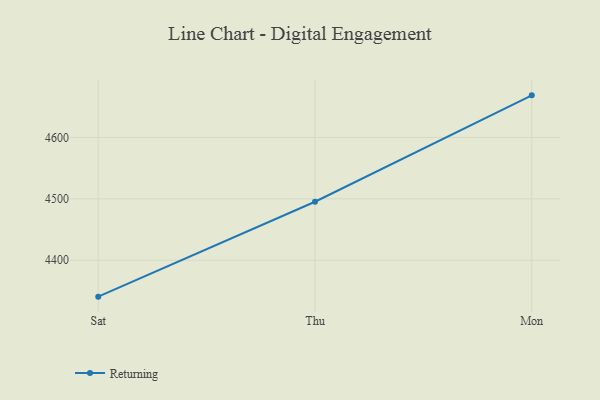
{"axis": {"x": "Day", "y": "Page Views"}, "legend": ["Returning"], "data": [{"x": "Sat", "y": 4340.7, "type": "Returning"}, {"x": "Thu", "y": 4495.2, "type": "Returning"}, {"x": "Mon", "y": 4668.5, "type": "Returning"}]}